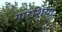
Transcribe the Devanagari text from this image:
गारशिया